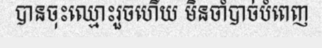
បានចុះឈ្មោះរួចហើយ មិនចាំបាច់បំពេញ